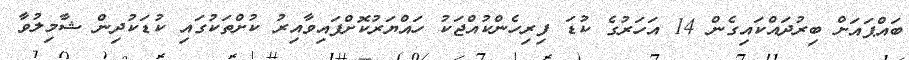
ބައްޕައަށް ބިރުދައްކައިގެން 14 އަހަރުގެ ކުޑަ ފިރިހެންކުއްޖަކު ހައްޔަރުކޮށްފައިވާއިރު ކުށްތަކުގައި ކުޑަކުދިން ޝާމިލުވާ